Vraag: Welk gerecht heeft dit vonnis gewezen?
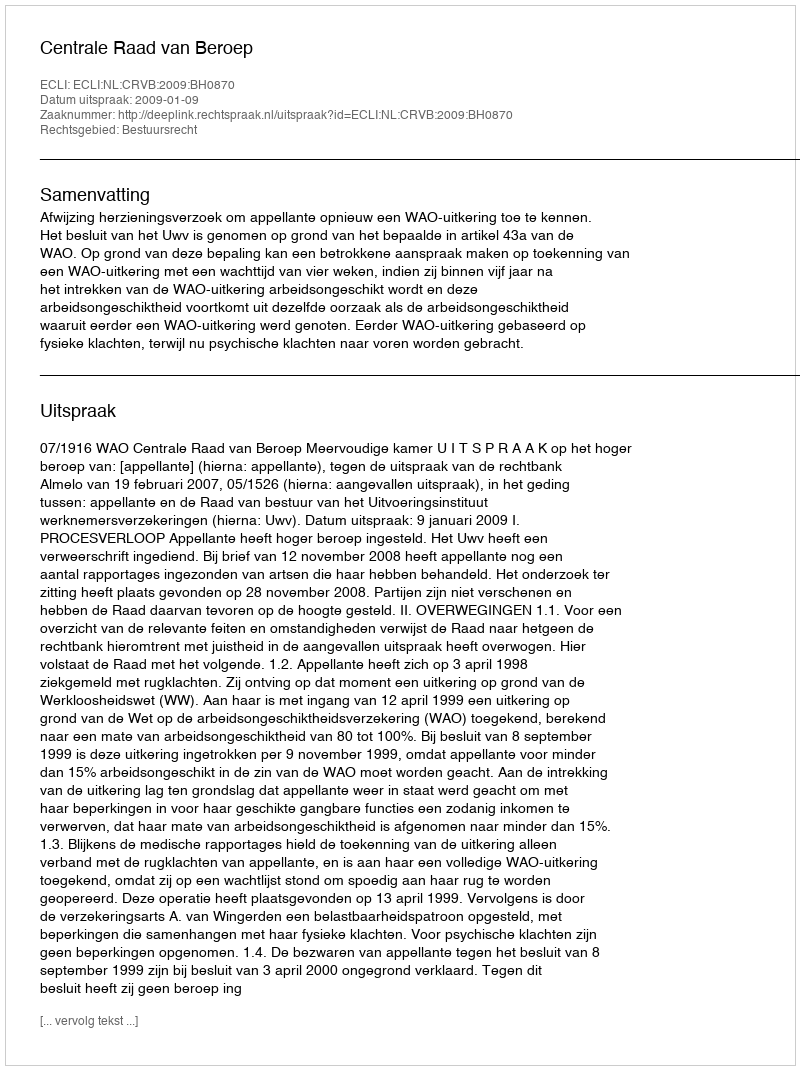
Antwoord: Centrale Raad van Beroep